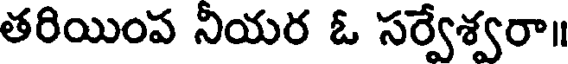
తరియింప నియర ఓ సర్వేశ్వరా॥